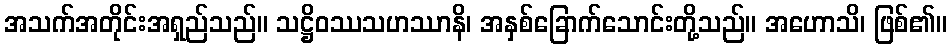
အသက်အတိုင်းအရှည်သည်။ သဋ္ဌိဝဿသဟဿာနိ၊ အနှစ်ခြောက်သောင်းတို့သည်။ အဟောသိ၊ ဖြစ်၏။